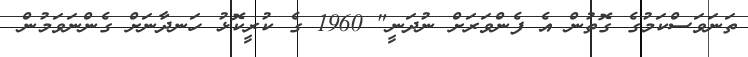
ތަނަވަސްކަމުގެ ގޮތުން އެ ފެންވަރަށް ނުދަނީ" 1960 ގެ ކުރީކޮޅު ހަނދާނަށް ގެންނަވަމުން